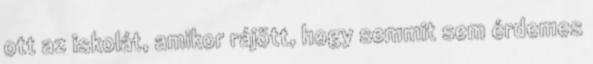
ott az iskolát, amikor rájött, hogy semmit sem érdemes